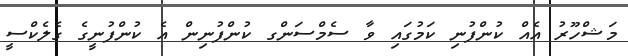
މަޝްހޫރު އެއް ކުންފުނި ކަމުގައި ވާ ސެމްސަންގ ކުންފުނިން އެ ކުންފުނީގެ ގެލެކްސީ